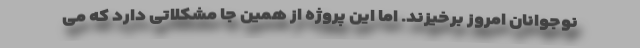
نوجوانان امروز برخیزند. اما این پروژه از همین جا مشکلاتی دارد که می